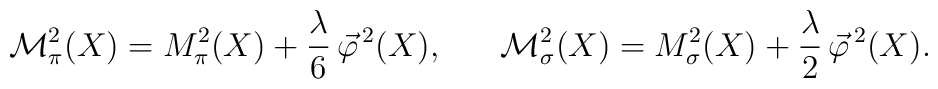
{\cal M}_\pi^2 (X) = M_\pi^2 (X) + \frac{\lambda}{6} \, \vec{\varphi}^{\, 2} (X) , \;\;\;\;\;\; {\cal M}_\sigma^2 (X) = M_\sigma^2 (X) + \frac{\lambda}{2} \, \vec{\varphi}^{\, 2} (X) .